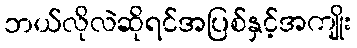
ဘယ်လိုလဲဆိုရင်အပြစ်နှင့်အကျိုး